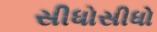
સીધોસીધો